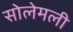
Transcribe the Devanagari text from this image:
सोलेमली